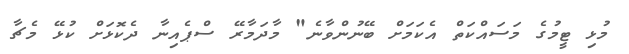
މުޅި ޓީމުގެ މަސައްކަތް އެކަމަށް ބޭނުންވާނެ" މާދަމާރޭ ސްޕެއިނާ ދެކޮޅަށް ކުޅޭ މެޗާ